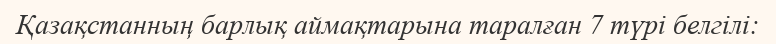
Қазақстанның барлық аймақтарына таралған 7 түрі белгілі: